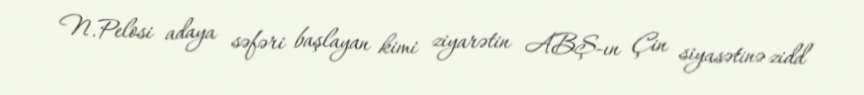
N.Pelosi adaya səfəri başlayan kimi ziyarətin ABŞ-ın Çin siyasətinə zidd